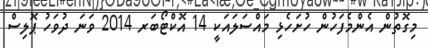
މިގޮތުން އެންމެފަހުން ހުށަހެޅި މައްސަލައަކީ 14 އޮކްޓޯބަރ 2014 ވަނަ ދުވަހު ޕޮލިސް